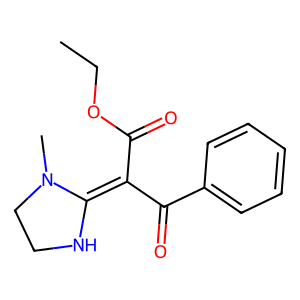
SMILES: CCOC(=O)C(C(=O)c1ccccc1)=C1NCCN1C
Inhibits HIV replication: No